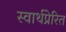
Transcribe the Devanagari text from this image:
स्वार्थप्रेरित